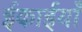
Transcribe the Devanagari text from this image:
ईकाईयाँ